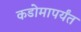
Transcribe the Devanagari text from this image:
कडोमापर्यंत